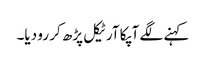
کہنے لگے آپکا آرٹیکل پڑھ کر رو دیا۔